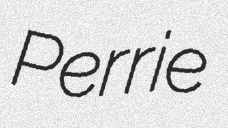
Perrie